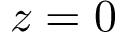
z = 0